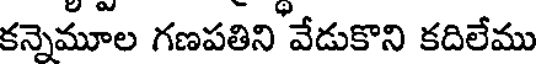
కన్నెమూల గణపతిని వేడుకొని కదిలేము